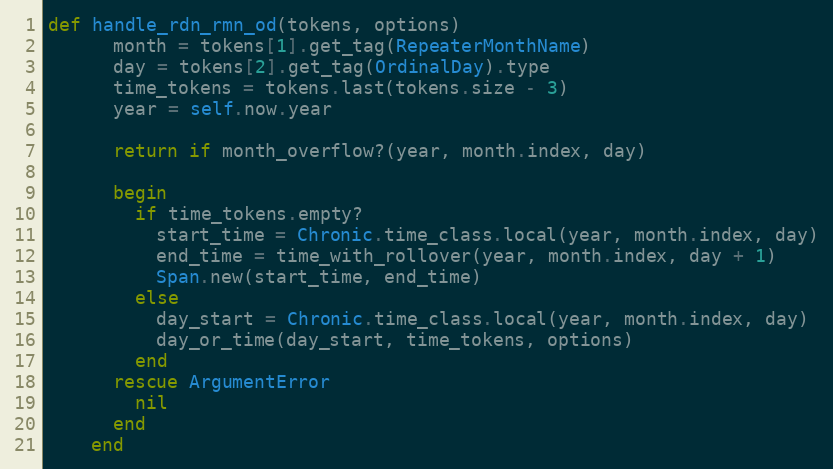
Language: Ruby
def handle_rdn_rmn_od(tokens, options)
      month = tokens[1].get_tag(RepeaterMonthName)
      day = tokens[2].get_tag(OrdinalDay).type
      time_tokens = tokens.last(tokens.size - 3)
      year = self.now.year

      return if month_overflow?(year, month.index, day)

      begin
        if time_tokens.empty?
          start_time = Chronic.time_class.local(year, month.index, day)
          end_time = time_with_rollover(year, month.index, day + 1)
          Span.new(start_time, end_time)
        else
          day_start = Chronic.time_class.local(year, month.index, day)
          day_or_time(day_start, time_tokens, options)
        end
      rescue ArgumentError
        nil
      end
    end